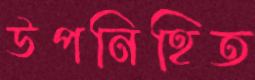
উপনিহিত